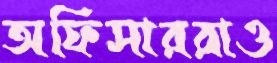
অফিসাররাও